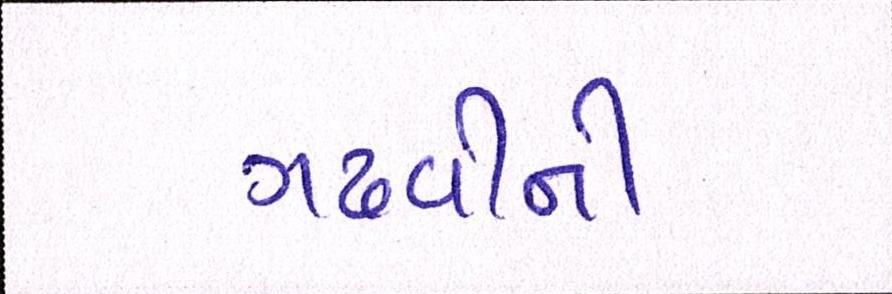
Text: ગઢવીની